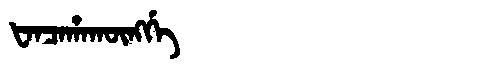
Manchu: ᡶᠠᠨᠴᠠᡥᠠᡴᡡᠩᡤᡝ
Romanization: FANCAHAKŪNGGE